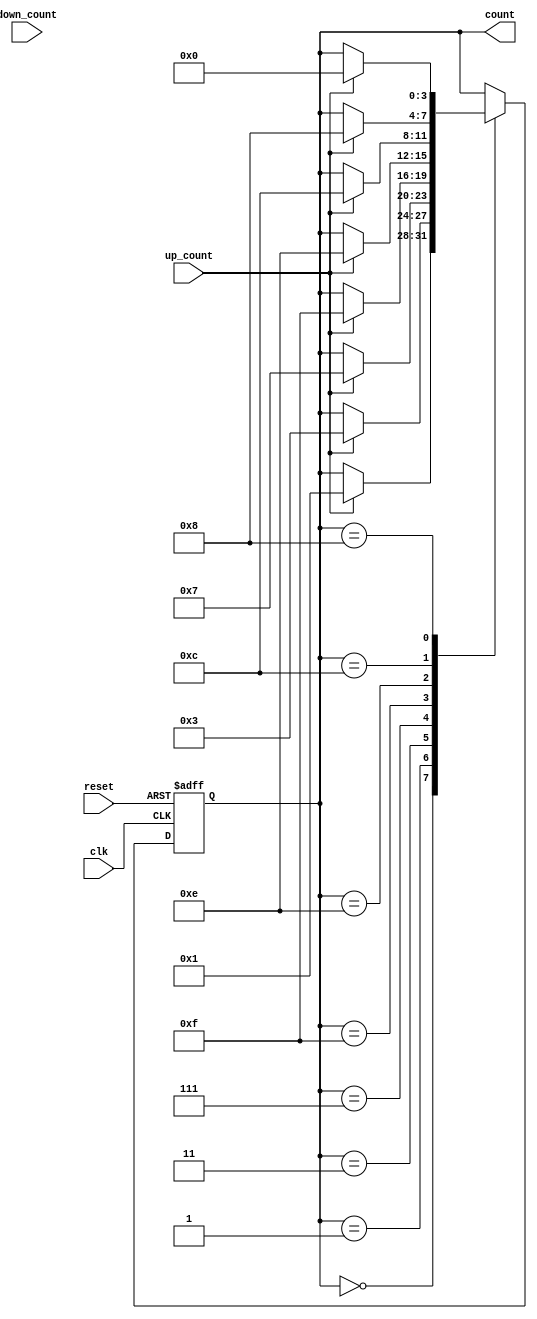
module bidirectional_johnson_counter (
    input wire clk,            // Clock signal
    input wire reset,          // Reset signal
    input wire up_count,       // Up count signal
    input wire down_count,     // Down count signal
    output reg [N-1:0] count   // Counter output
);
    parameter N = 4; // Number of flip-flops

    // Internal signal for the next state of the counter
    reg [N-1:0] next_count;

    // Combinational logic to determine the next state based on control signals
    always @(*) begin
        case (count)
            // Up counting
            4'b0000: next_count = up_count ? 4'b0001 : count; 
            4'b0001: next_count = up_count ? 4'b0011 : count;
            4'b0011: next_count = up_count ? 4'b0111 : count;
            4'b0111: next_count = up_count ? 4'b1111 : count;
            4'b1111: next_count = up_count ? 4'b1110 : count;
            4'b1110: next_count = up_count ? 4'b1100 : count;
            4'b1100: next_count = up_count ? 4'b1000 : count;
            4'b1000: next_count = up_count ? 4'b0000 : count;
            // Down counting
            4'b0001: next_count = down_count ? 4'b0000 : count;
            4'b0011: next_count = down_count ? 4'b0001 : count;
            4'b0111: next_count = down_count ? 4'b0011 : count;
            4'b1111: next_count = down_count ? 4'b0111 : count;
            4'b1110: next_count = down_count ? 4'b1111 : count;
            4'b1100: next_count = down_count ? 4'b1110 : count;
            4'b1000: next_count = down_count ? 4'b1100 : count;
            4'b0000: next_count = down_count ? 4'b1000 : count;
            default: next_count = count; // Maintain current state if undefined
        endcase
    end

    // Sequential logic for the counter
    always @(posedge clk or posedge reset) begin
        if (reset) begin
            count <= 4'b0000; // Reset counter to known state
        end else begin
            count <= next_count; // Update counter to the next state
        end
    end
endmodule